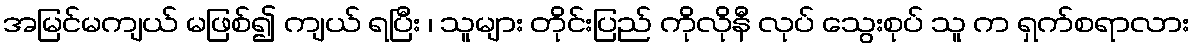
အမြင်မကျယ် မဖြစ်၍ ကျယ် ရပြီး ၊ သူများ တိုင်းပြည် ကိုလိုနီ လုပ် သွေးစုပ် သူ က ရှက်စရာလား